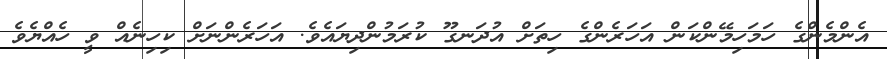
އެންމެންގެ ހަމަހިމޭންކަން އަހަރެންގެ ހިތަށް އުދަނގޫ ކުރަމުންދިޔައެވެ. އަހަރެންނަށް ކިހިނެއް ވީ ހެއްޔެވެ